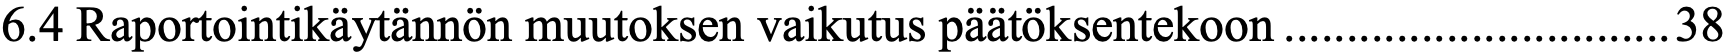
6.4 Raportointikäytännön muutoksen vaikutus päätöksentekoon ............................... 38